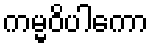
ကမ္မဝိပါကော